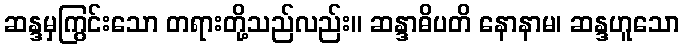
ဆန္ဒမှကြွင်းသော တရားတို့သည်လည်း။ ဆန္ဒာဓိပတိ နောနာမ၊ ဆန္ဒဟူသော